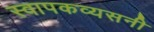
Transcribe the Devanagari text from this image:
स्वापकव्यसनी